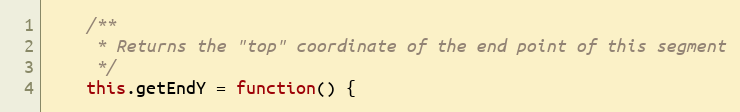
Language: JavaScript
	/**
	 * Returns the "top" coordinate of the end point of this segment
	 */
	this.getEndY = function() {